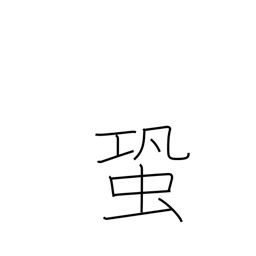
Meaning: cricket